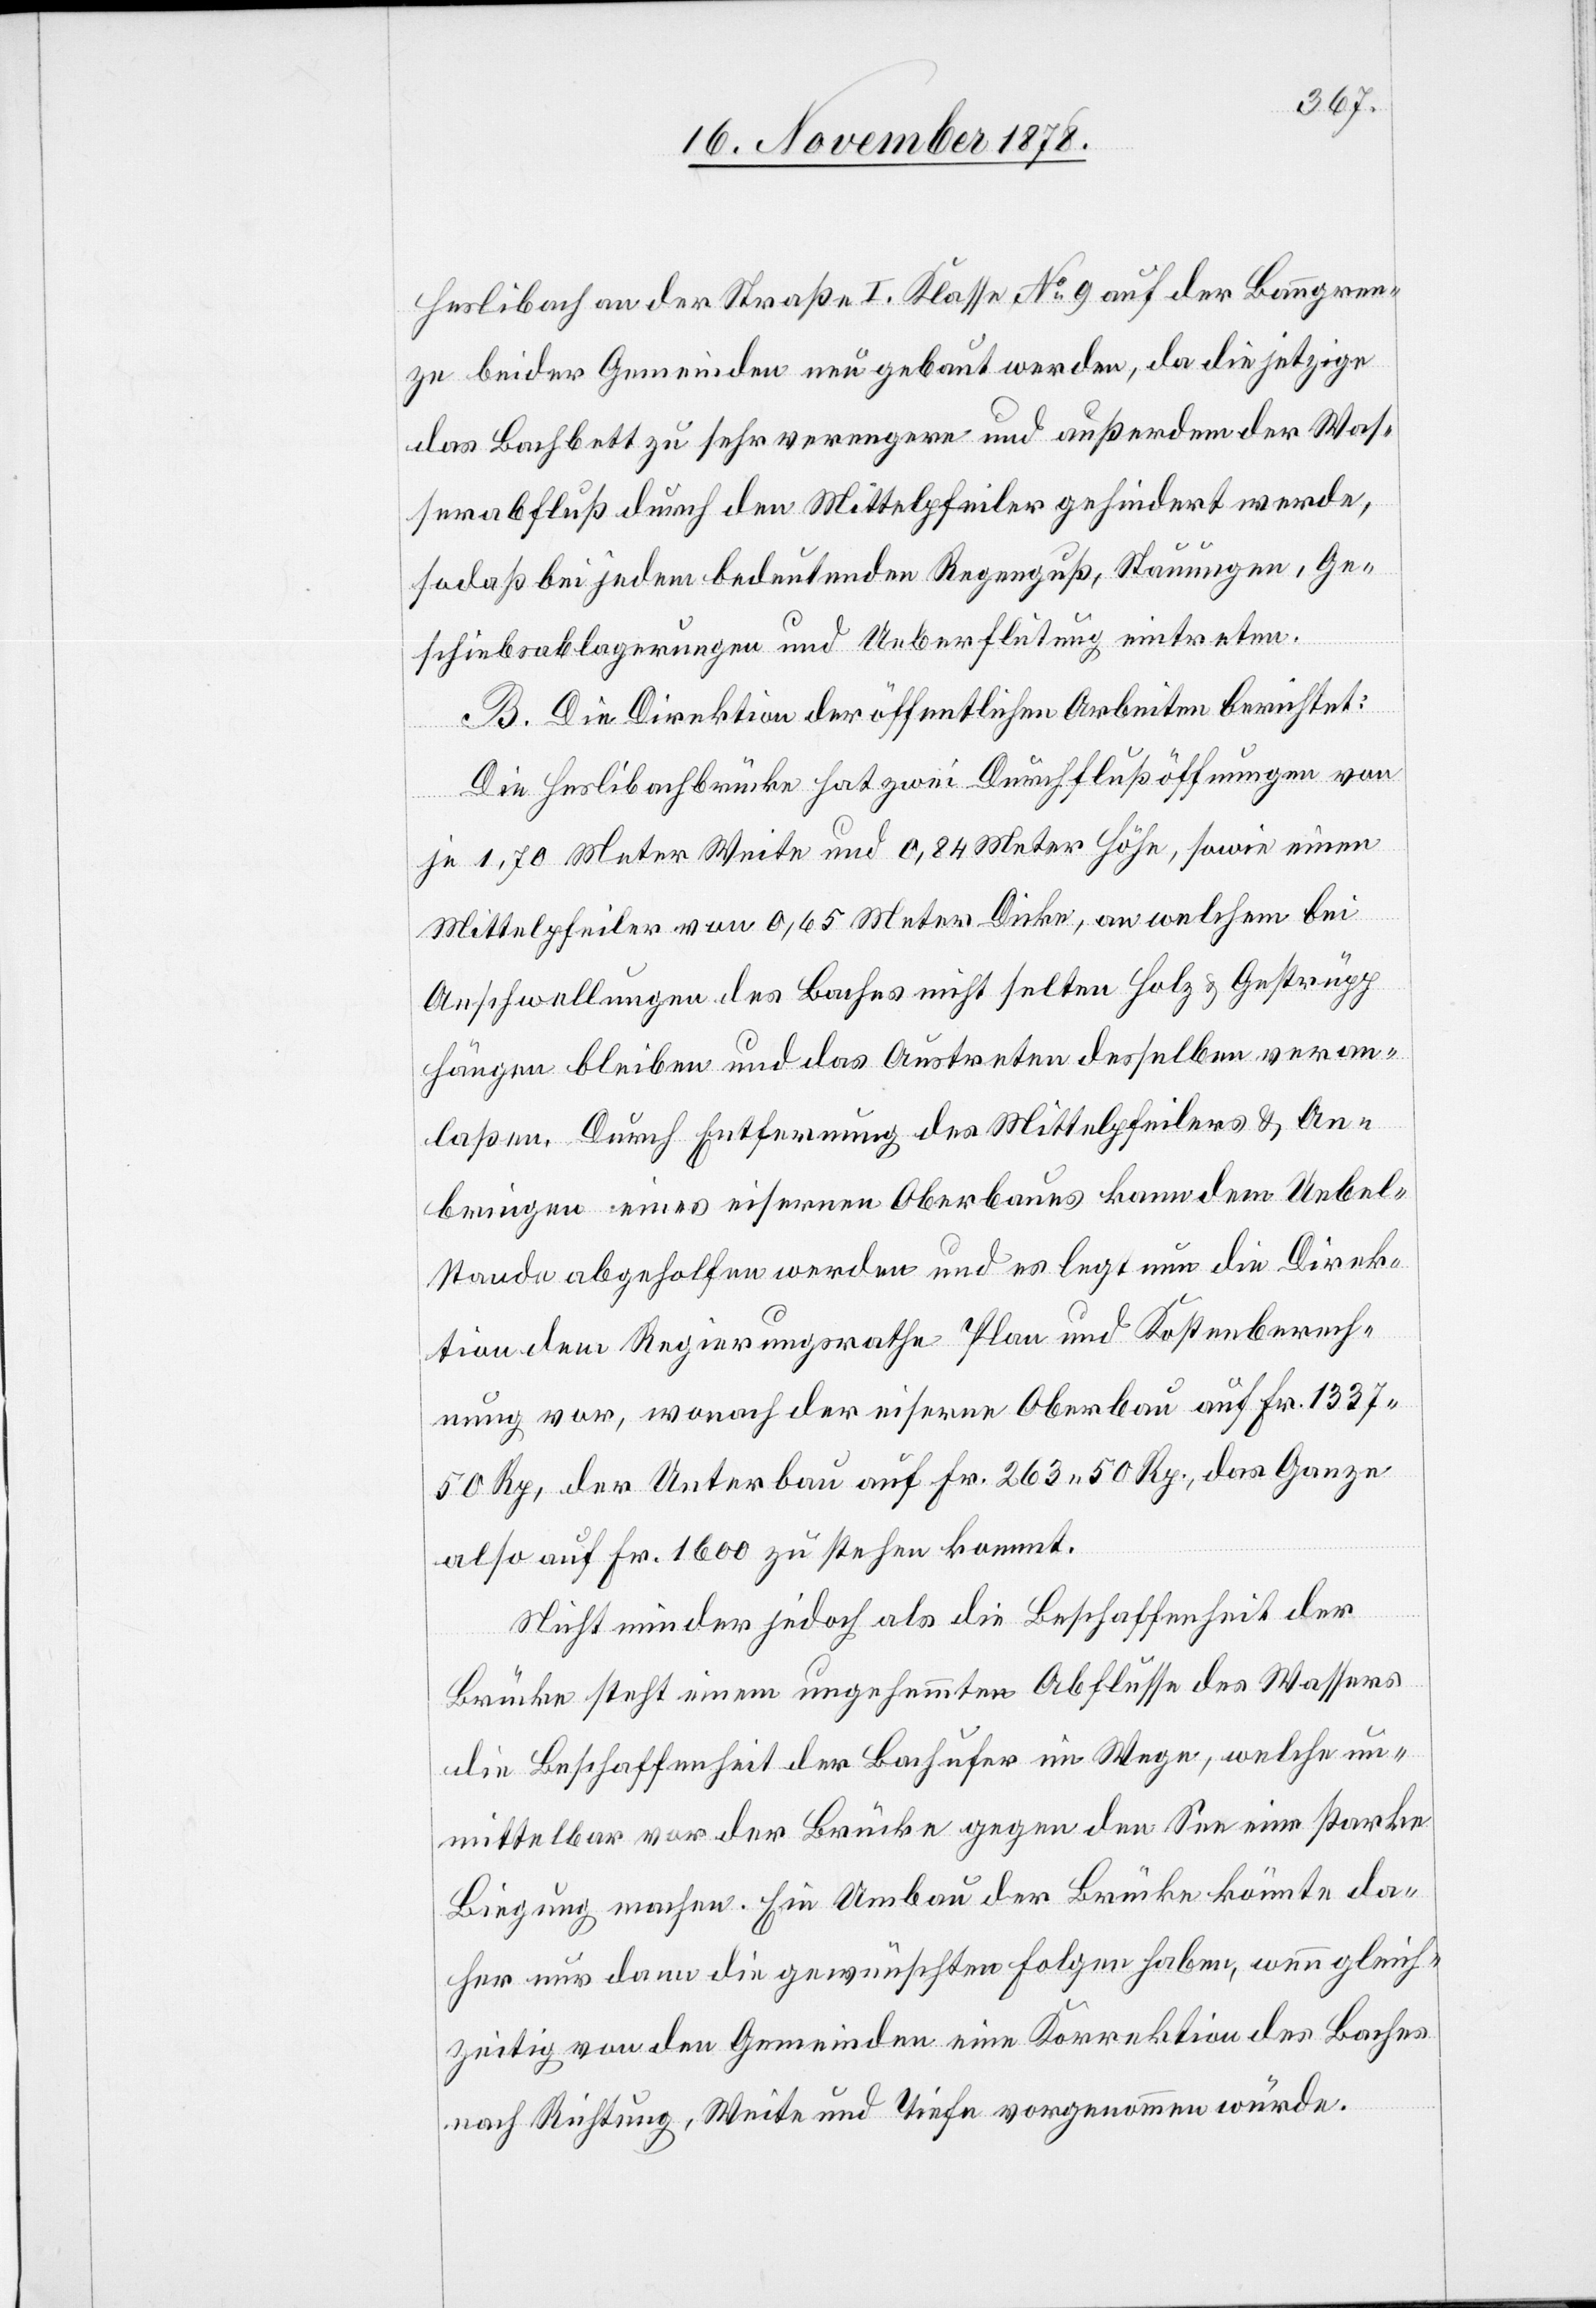
Heslibach an der Straße I. Klasse No 9 auf der Banngren¬
ze beider Gemeinden neu gebaut werden, da die jetzigen
das Bachbett zu sehr verengen und außerdem der Was¬
erabfluß durch den Mittelpfeiler gehindert werde,
sodaß bei jedem bedeutenden Regenguß, Stauungen, Ge¬
schiebsablagerungen und Ueberflutung eintreten.
B. Die Direktion der öffentlichen Arbeiten berichtet:
Die Heslibachbrücke hat zwei Durchflußöffnungen von
je 1,70 Meter Weite und 0,84 Meter Höhe, sowie einen
Mittelpfeiler von 0,65 Meter Dicke, an welchem bei
Anschwellungen des Baches nicht selten Holz & Gestrüpp
hängen bleiben und das Austreten desselben veran¬
laßen. Durch Entfernung des Mittelpfeilers & An¬
bringen eines eisernen Oberbaues kann dem Uebel¬
stande abgeholfen werden und es legt nun die Direk¬
tion dem Regierungsrathe Plan und Kostenberech¬
nung vor, wonach der eiserne Oberbau auf Fr. 1337
50 Rp, der Unterbau auf Fr. 263 50 Rp., das Ganze
also auf Fr. 1600 zu stehen kommt.
Nicht minder jedoch als die Beschaffenheit der
Brücke steht einem ungehemmten Abflusse des Wassers
die Beschaffenheit der Bachufer im Wege, welche un¬
mittelbar vor der Brücke gegen den See eine starke
Biegung machen. Ein Umbau der Brücke könnte da¬
her nur dann die gewünschten Folgen haben, wenn gleich¬
zeitig von den Gemeinden eine Korrektion des Baches
nach Richtung, Weite und Tiefe vorgenommen würde.